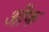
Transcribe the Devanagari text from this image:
ऑफ